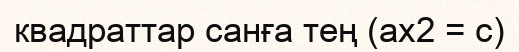
квадраттар санға тең (ax2 = c)